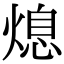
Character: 熄